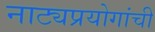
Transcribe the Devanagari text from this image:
नाट्यप्रयोगांची